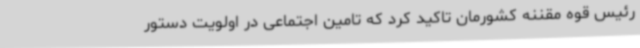
رئیس قوه مقننه کشورمان تاکید کرد که تامین اجتماعی در اولویت دستور